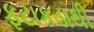
ફટાકડાથી